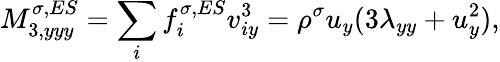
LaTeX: M_{3,yyy}^{\sigma,ES}=\sum_{i}f_{i}^{\sigma,ES}v_{iy}^{3}=\rho^{\sigma}u_{y}(3\lambda_{yy}+u_{y}^{2}),